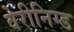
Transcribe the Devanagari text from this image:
वेरीनिग्ड